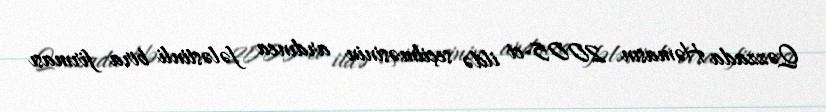
Qəzzada Həmasın 2005-ci ildə seçilməsinin ardınca fələstinli bira firması